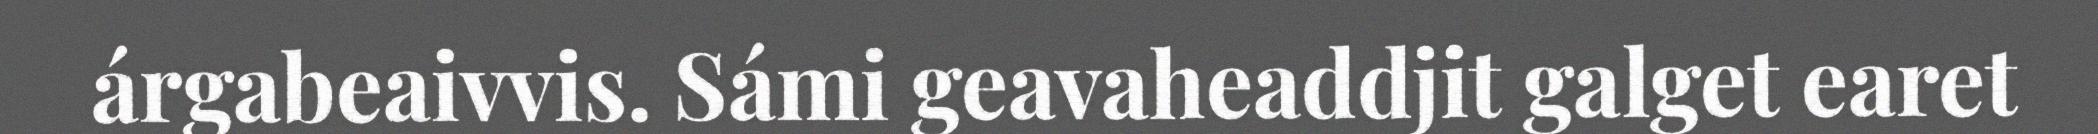
árgabeaivvis. Sámi geavaheaddjit galget earet